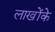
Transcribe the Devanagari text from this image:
लाखोंके